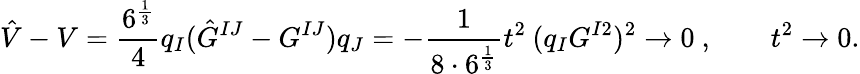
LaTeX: \hat{V}-V=\frac{6^{\frac{1}{3}}}{4}q_{I}(\hat{G}^{IJ}-G^{IJ})q_{J}=-\frac{1}{8\cdot 6^{\frac{1}{3}}}t^{2}\: (q_{I}G^{I2})^{2}\rightarrow 0\ ,\qquad t^{2}\rightarrow 0.